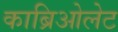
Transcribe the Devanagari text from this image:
काब्रिओलेट